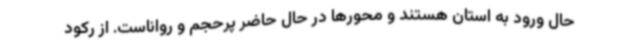
حال ورود به استان هستند و محورها در حال حاضر پرحجم و رواناست. از رکود